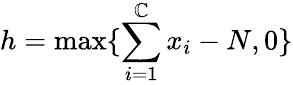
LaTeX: h=\operatorname*{max}\{ \sum_{i=1}^{\mathbb{C}}x_{i}-N,0\}